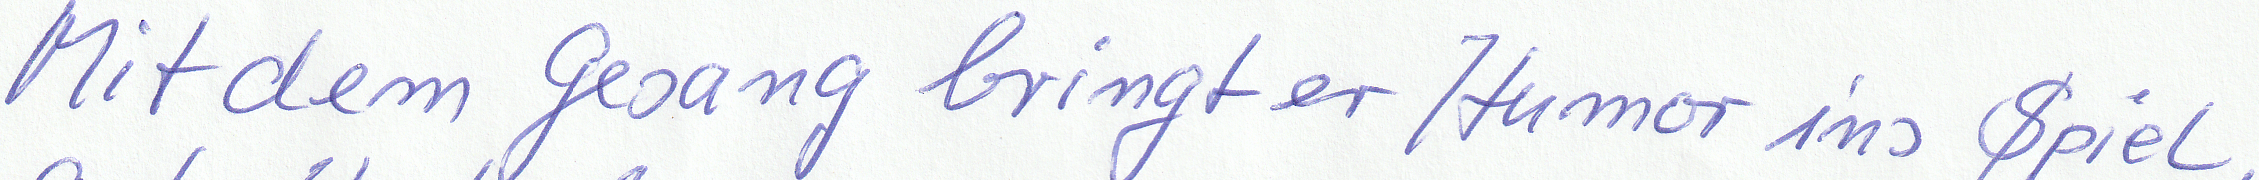
Mit dem Gesang bringt er Humor ins Spiel